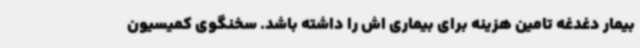
بیمار دغدغه تامین هزینه برای بیماری اش را داشته باشد. سخنگوی کمیسیون